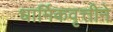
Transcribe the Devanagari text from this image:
धार्मिकवृत्तीने